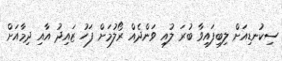
ސިކުނޑިއަށް ލިބިފައިވާ ބުރަ ލުއި ވަންދެއް ރޯލުމަށް ފަހު ޒައިދު އާއި ދިމާއަށް